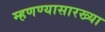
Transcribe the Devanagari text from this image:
म्हणण्यासारख्या